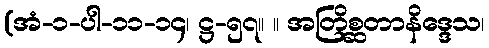
(အံ-၁-ပါ-၁၁-၁၄၊ ဋ္ဌ-၅၇။ ။ အတြိစ္ဆတာနိဒ္ဒေသ၊